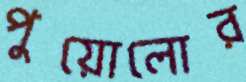
পুয়োলোর